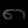
Digit: ၈